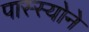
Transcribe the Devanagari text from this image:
पास्स्योने